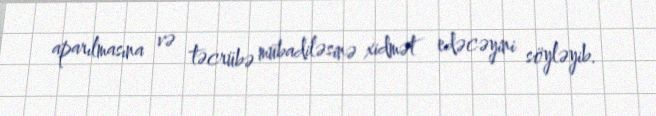
aparılmasına və təcrübə mübadiləsinə xidmət edəcəyini söyləyib.